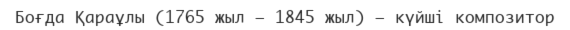
Боғда Қараұлы (1765 жыл — 1845 жыл) — күйші композитор